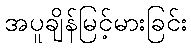
အပူချိန်မြင့်မားခြင်း